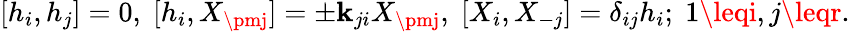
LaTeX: {}[h_{i},h_{j}]=0,\; [h_{i},X_{\pmj}]=\pm\mathbf{k}_{ji}X_{\pmj},\; [X_{i},X_{-j}]=\delta_{ij}h_{i};\; 1\leqi,j\leqr.